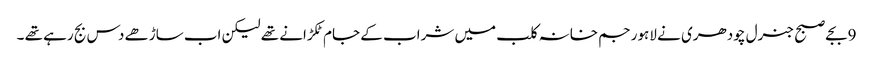
9بجے صبح جنرل چودھری نے لاہور جم خانہ کلب میں شراب کے جام ٹکڑانے تھے لیکن اب ساڑھے دس بج رہے تھے ۔